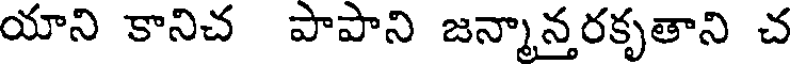
యాని కానిచ పాపాని జన్మాన్తరకృతాని చ